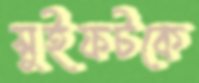
সুইফটকে